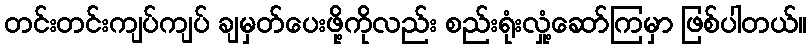
တင်းတင်းကျပ်ကျပ် ချမှတ်ပေးဖို့ကိုလည်း စည်းရုံးလှုံ့ဆော်ကြမှာ ဖြစ်ပါတယ်။